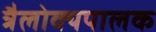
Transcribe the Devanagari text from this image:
त्रैलोक्यपालक